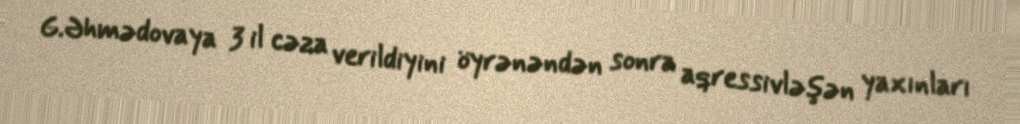
G.Əhmədovaya 3 il cəza verildiyini öyrənəndən sonra aqressivləşən yaxınları